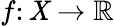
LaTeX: f\colon\mathit{X}\to\mathbb{{R}}